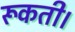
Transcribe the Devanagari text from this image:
रूकती।